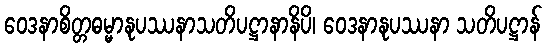
ဝေဒနာစိတ္တဓမ္မာနုပဿနာသတိပဋ္ဌာနာနိပိ၊ ဝေဒနာနုပဿနာ သတိပဋ္ဌာန်